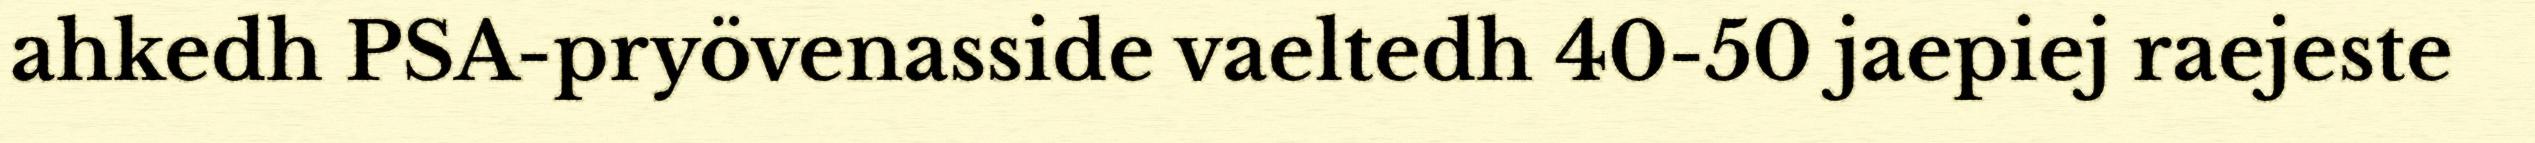
ahkedh PSA-pryövenasside vaeltedh 40-50 jaepiej raejeste